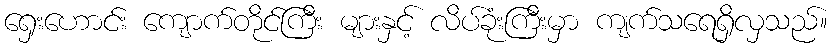
ရှေးဟောင်း ကျောက်တိုင်ကြီး များနှင့် လိပ်ခုံးကြီးမှာ ကျက်သရေရှိလှသည်။